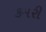
કમરી